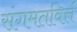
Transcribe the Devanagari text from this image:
संगमतविर्त्त